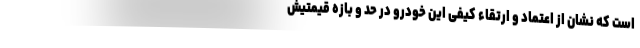
است که نشان از اعتماد و ارتقاء کیفی این خودرو در حد و بازه قیمتیش